Vaccination in Burma 1900-1911 - 1900-1911
Year: 1900
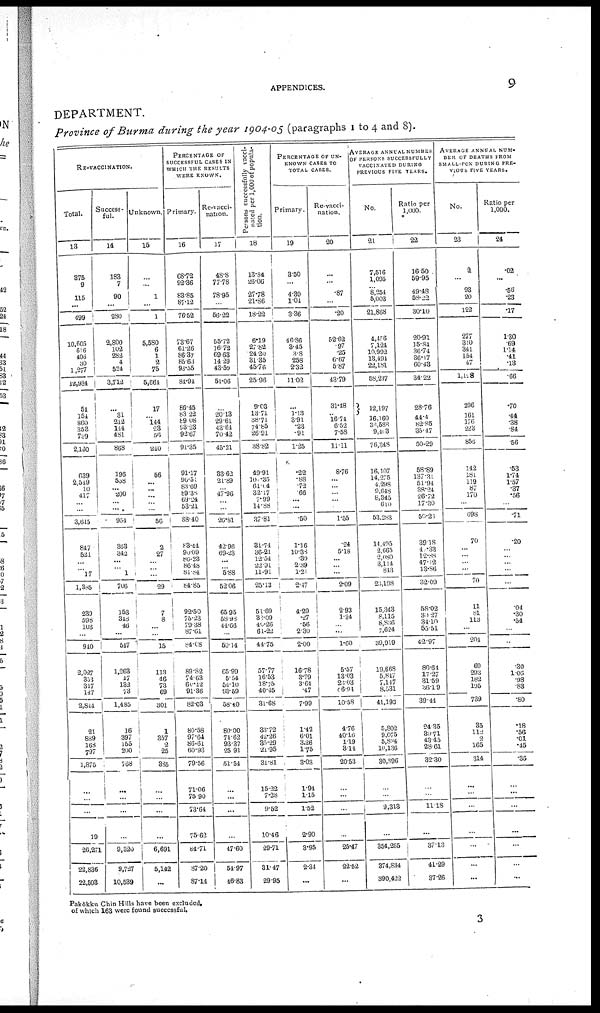
APPENDICES.
9
DEPARTMENT.
Province of Burma during the year 1904-05 (paragraphs 1 to 4 and 8).
RE-VACCINATION.
Total.
13
375
9
115
...
499
10,605
616
406
30
1,277
12,934
54
154
860
358
739
2,160
639
2,549
10
417
...
...
3,615
847
521
...
... 17
1,385
239
598
103
...
940
2,027
353
317
147
2,844
21
689
168
797
1,875
...
...
...
19
26,271
22,836
22,503
Success-
ful.
14
183
7
90
...
280
2,800
102
282
4
524
3,712
...
31
212
144
481
868
196
558
... 200
...
...
954
363
342
...
...
1
706
153
348
46
...
517
1,263
17
132
73
1,185
16
397
165
200
768
...
...
...
...
9,320
9,727
10,539
Unknown.
15
...
...
1
...
1
5,580
6
1
2
75
5,664
17
... 144
23
56
.210
56
...
...
...
... ...
56
2
27
... ...
...
29
7
8
...
...
15
113
46
73
69
301
1
357
2
25
335
...
...
...
...
6,691
5,142
...
PERCENTAGE OF
SUCCESSFUL CASES IN
WHICH THE RESULTS
WERE KNOWN.
Primary.
16
68.72
92.36
83.85
87.12
76.52
73.67
61.26
86.37
85.63
93.55
81.94
86.45
83.22
89.08
93.23
92.67
91.35
91.17
90.51
83.69
89.38
69.24
53.21
88.40
83.44
90.09
86.23
86.48
81.84
84.85
92.50
75.23
79.38
87.61
84.08
89.82
74.63
60.12
91.36
82.03
80.58
97.64
86.61
60.93
79.56
71.06
75.90
73.64
75.62
84.71
87.20
87.14
Re-vacci-
nation.
17
48.8
77.78
78.95
...
56.22
55.72
16.72
69.63
14.29
43.59
51.06
...
20.13
29.61
43.61
70.42
45.21
33.62
21.89
... 47.96
...
...
26.81
42.96
69.23
...
... 5.88
52.06
65.95
58.98
44.66
...
59.14
65.99
5.54
54.10
93.59
58.10
80.00
74.62
93.37
25.91
51.54
...
...
...
...
47.60
54.97
46.83
Persons successfully vacci-
nated per 1,000 of popula-
tion.
18
13.84
26.06
27.78
21.86
18.22
6.19
27.82
24.20
31.35
45.76
25.96
9.03
13.71
38.71
74.85
26.91
38.82
49.91
10.35
61.04
32.17
7.99
14.88
37.81
31.74
36.21
12.54
22.91
11.91
25.13
51.69
88.09
46.26
61.22
44.75
57.77
16.53
18.75
40.15
31.68
33.72
42.26
35.29
21.95
31.81
15.22
7.28
9.52
10.46
29.71
31.47
29.95
PERCENTAGE OF UN-
KNOWN CASES TO
TOTAL CASES.
Primary.
19
3.50
...
4.39
1.04
3.36
46.86
3.45
3.8
258
2.32
11.02
...
1.13
3.91
.23
.91
1.25
.22
.88
.72
.66
... ...
.50
1.16
10.38
.39
2.39
1.21
2.47
4.29
.27
.56
2.30
2.00
16.78
3.79
3.64
.47
7.99
1.42
6.01
3.26
1.75
3.03
1.94
1.15
1.52
2.90
3.95
2.34
...
Re-vacci-
nation.
20
...
...
.87
...
.20
52.62
.97
.25
6.67
5.87
43.79
31.48
... 16.71
6.52
7.58
11.11
8.76
...
...
...
...
...
1.55
.24
5.18
...
...
...
2.09
2.93
1.34
... ...
1.60
5.57
13.03
26.03
96.94
10.58
4.76
40.10
1.19
3.14
20.53
...
...
...
...
25.47
22.52
...
AVERAGE ANNUAL NUMBER
OF PERSONS SUCCESSFULLY
VACCINATED DURING
PREVIOUS FIVE YEARS.
No.
21
7,516
1,095
8,254
5,003
21,868
4,456
7,124
10,992
13,494
22,181
58,247
12,197
16,160
33,588
9,403
76,348
16,107
14,275
4,298
9,648
8,345
610
63,283
14,495
2,665
2,080
3,114
843
25,198
15,343
8,115
8,836
7,624
39,919
19,668
5,847
7,117
8,531
41,193
5,802
9,075
5,834
10,136
30,896
...
...
9,313
...
354,265
374,834
390,422
Ratio per
1,000.
22
16.50
59.95
49.48
58.22
30.10
20.91
15.84
36.74
36.17
60.43
34.22
28.76
44.4
82.85
35.47
50.29
58.89
137.31
51.94
38.24
26.72
17.30
50.21
39.18
4,033
12.88
47.12
13.86
32.09
58.02
30.27
34.10
55.51
42.97
80.64
17.27
31.59
36.19
39.44
24.35
39.71
43.45
28.61
32.30
...
...
11.18
...
37.13
41.29
37.26
AVERAGE ANNUAL NUM-
BER OF DEATHS FROM
SMALL-POX DURING PRE-
VIOUS FIVE YEARS.
No.
23
9
...
93
20
122
277
310
341
151
47
1,158
296
161
176
223
856
142
181
119
87
170
...
698
70
...
...
...
...
70
11
81
113
...
204
69
293
182
195
739
35
112
... 165
314
...
...
...
...
...
...
...
Ratio per
1,000.
24
.02
...
.56
.23
.17
1.30
.69
1.14
.41
.13
.66
.70
.14
.38
.84
.56
.53
1.74
1.57
.37
.56
...
.71
.20
...
...
...
...
...
.04
.30
.54
...
...
.30
1.03
.98
.83
.80
.18
.56
.01
.45
.35
...
...
...
...
...
...
...
Pakôkku Chin Hills have been excluded,
of which 163 were found successful.
3